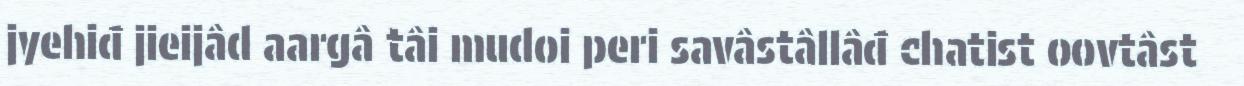
jyehiđ jieijâd aargâ tâi mudoi peri savâstâllâđ chatist oovtâst